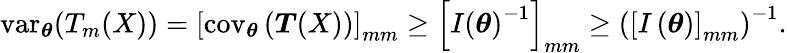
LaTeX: \operatorname{var}_{\boldsymbol{\theta}}(T_{m}(X))=\left[\operatorname{cov}_{\boldsymbol{\theta}}\left({\boldsymbol{T}}(X)\right)\right]_{mm}\geq\left[I\left({\boldsymbol{\theta}}\right)^{-1}\right]_{mm}\geq\left(\left[I\left({\boldsymbol{\theta}}\right)\right]_{mm}\right)^{-1}.